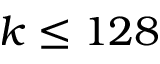
k \le 1 2 8